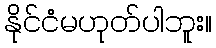
နိုင်ငံမဟုတ်ပါဘူး။